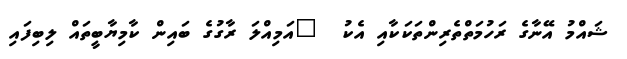
ޝައްމު އޭނާގެ ރަހުމަތްތެރިންތަކަކާއި އެކު  "އަމިއްލަ ރާގުގެ ބައިން ކާމިޔާބީތައް ލިބިފައި